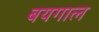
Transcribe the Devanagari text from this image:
बयगाल